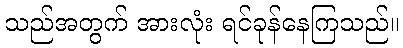
သည်အတွက် အားလုံး ရင်ခုန်နေကြသည်။